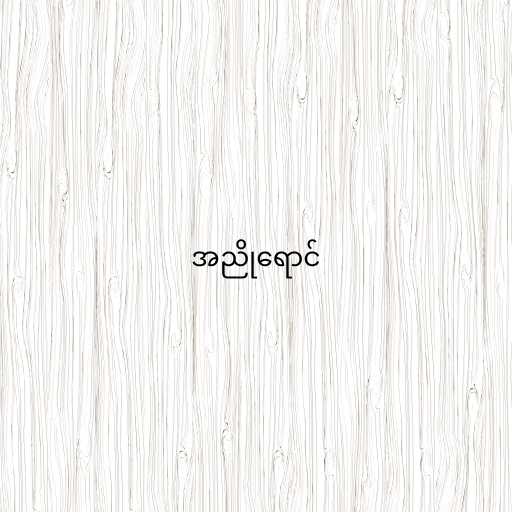
အညိုရောင်